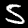
Label: 5